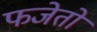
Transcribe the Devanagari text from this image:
फजेतो